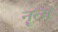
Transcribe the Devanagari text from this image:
नॄत्य